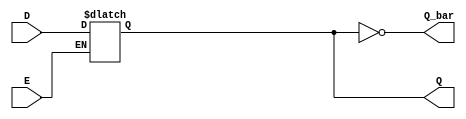
module LatchRegister (
    input wire D,         // Data input
    input wire E,         // Enable signal
    output reg Q,         // Current stored value
    output wire Q_bar     // Complement of Q
);

// Assign Q_bar as the inverse of Q
assign Q_bar = ~Q;

// Latch logic
always @(*) begin
    if (E) begin
        Q = D; // Store D in Q when E is HIGH
    end
    // If E is LOW, Q retains its previous value automatically
end

endmodule